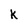
Character: k